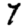
Digit: 7